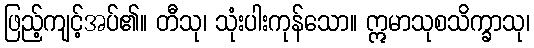
ဖြည့်ကျင့်အပ်၏။ တီသု၊ သုံးပါးကုန်သော။ ဣမာသုစသိက္ခာသု၊